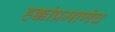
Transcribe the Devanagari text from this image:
हक्कांप्रमाणेच